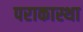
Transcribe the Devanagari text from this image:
पराकास्था